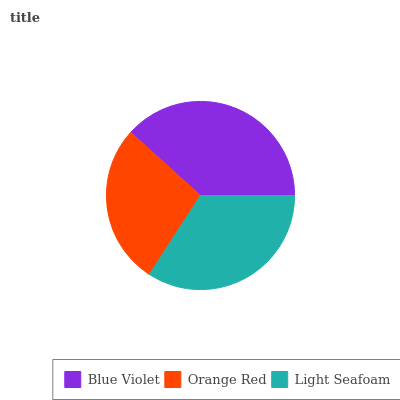
| Blue Violet | Orange Red | Light Seafoam |
 | --- | --- | --- |
 | 38.3% | 27.5% | 34.2% |